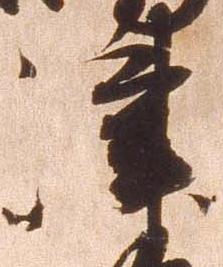
津